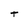
Character: t